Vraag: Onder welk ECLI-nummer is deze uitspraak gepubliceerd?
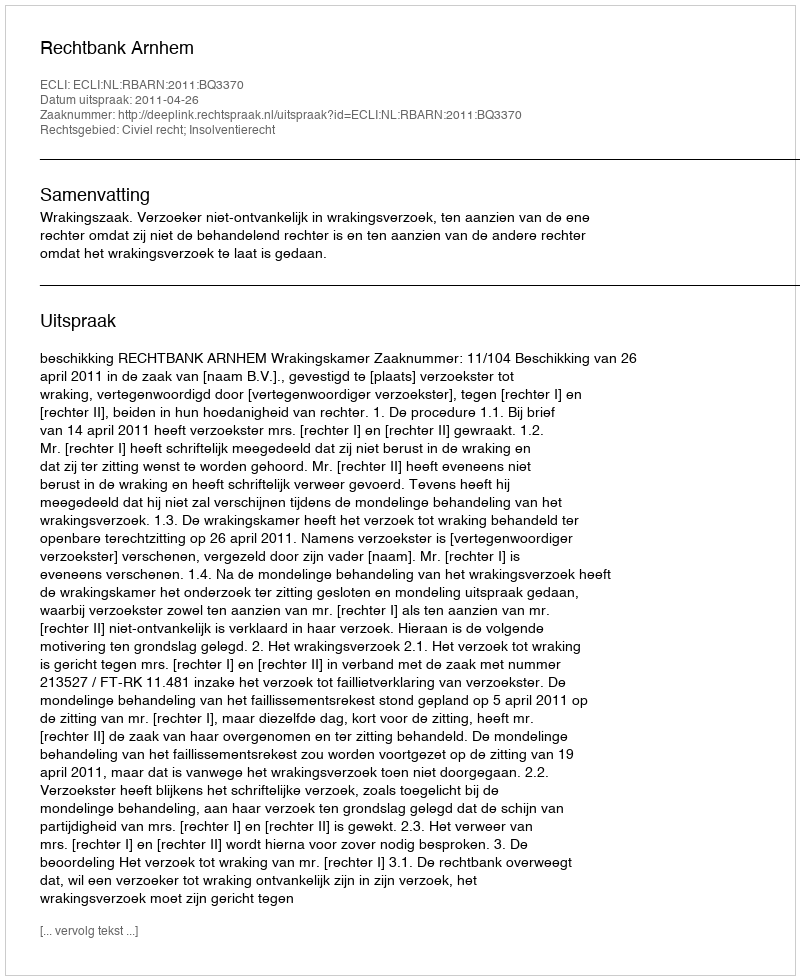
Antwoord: ECLI:NL:RBARN:2011:BQ3370